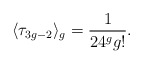
\begin{align*}\langle\tau_{3g-2}\rangle_g=\frac1{24^g g!}.\end{align*}